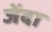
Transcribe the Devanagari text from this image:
जेंदा